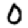
Digit: 0